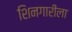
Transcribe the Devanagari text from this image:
शिनगारीला